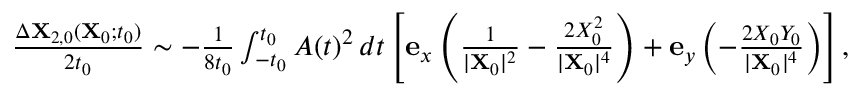
\begin{array} { r } { \frac { \Delta \mathbf { X } _ { 2 , 0 } ( \mathbf { X } _ { 0 } ; t _ { 0 } ) } { 2 t _ { 0 } } \sim - \frac { 1 } { 8 t _ { 0 } } \int _ { - t _ { 0 } } ^ { t _ { 0 } } A ( t ) ^ { 2 } \, d t \left[ \mathbf { e } _ { x } \left( \frac { 1 } { \vert \mathbf { X } _ { 0 } \vert ^ { 2 } } - \frac { 2 X _ { 0 } ^ { 2 } } { \vert \mathbf { X } _ { 0 } \vert ^ { 4 } } \right) + \mathbf { e } _ { y } \left( - \frac { 2 X _ { 0 } Y _ { 0 } } { \vert \mathbf { X } _ { 0 } \vert ^ { 4 } } \right) \right] , } \end{array}